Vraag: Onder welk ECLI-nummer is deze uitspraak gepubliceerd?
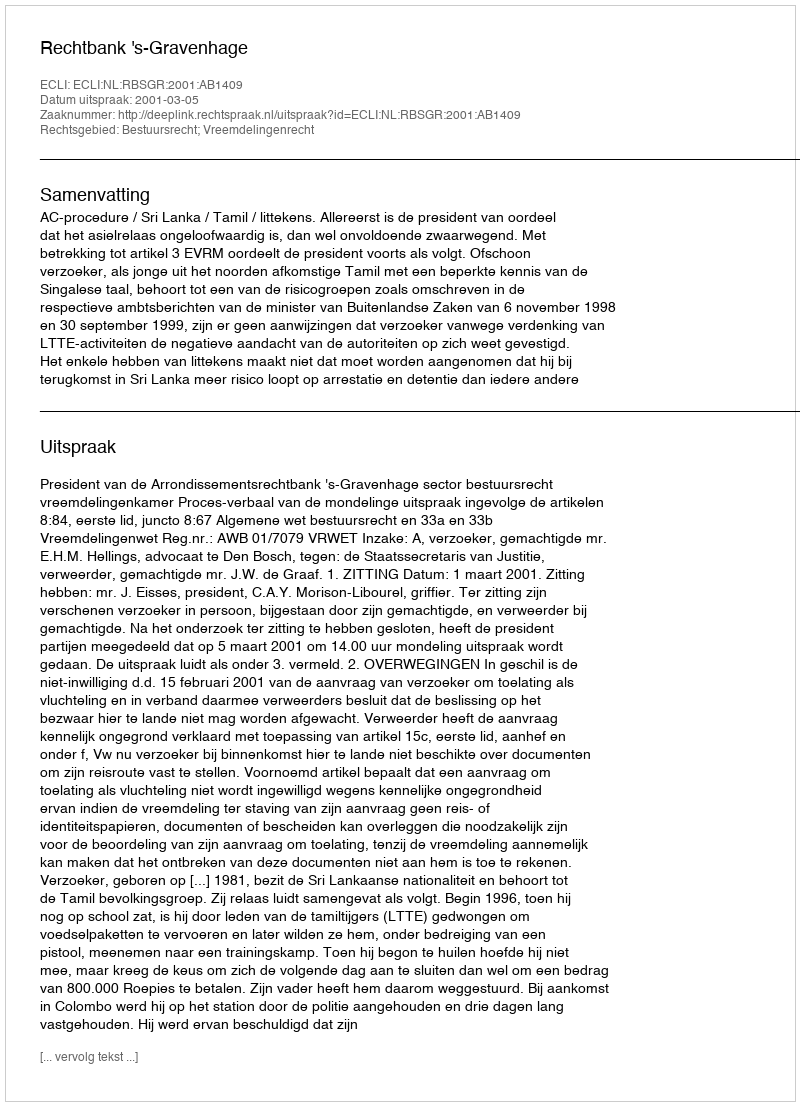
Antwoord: ECLI:NL:RBSGR:2001:AB1409